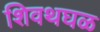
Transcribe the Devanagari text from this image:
शिवथघळ